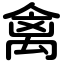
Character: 禽